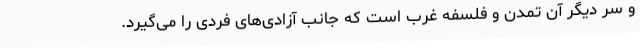
و سر دیگر آن تمدن و فلسفه غرب است که جانب آزادی‌های فردی را می‌گیرد.